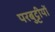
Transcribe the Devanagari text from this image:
परबुट्टीयों